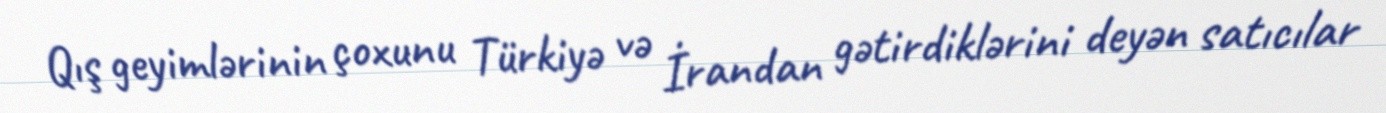
Qış geyimlərinin çoxunu Türkiyə və İrandan gətirdiklərini deyən satıcılar